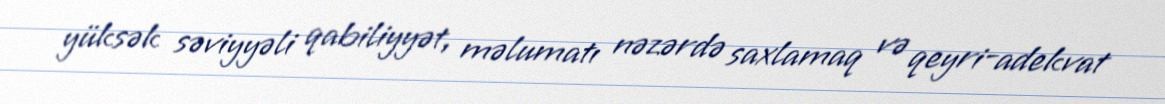
yüksək səviyyəli qabiliyyət, məlumatı nəzərdə saxlamaq və qeyri-adekvat